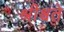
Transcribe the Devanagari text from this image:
श्रीश्चते